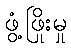
ဖွံ့ဖြိုးမှု